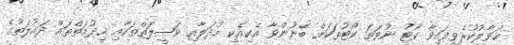
ޙަވާލުކުރެވިފައިވާ ކޯޓު ނުވަތަ ކޯޓުތަކަށް ބޭނުންވާ އެކިއެކި މުދަލާއި ވަޞީލަތްތަކާއި ޚިދުމަތްތައް ދައުލަތުގެ